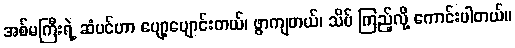
အစ်မကြီးရဲ့ ဆံပင်ဟာ ပျော့ပျောင်းတယ်၊ ဖွာကျတယ်၊ သိပ် ကြည့်လို့ ကောင်းပါတယ်။